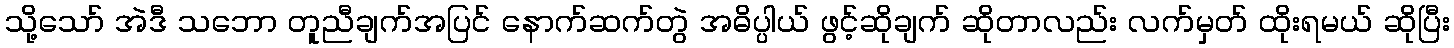
သို့သော် အဲဒီ သဘော တူညီချက်အပြင် နောက်ဆက်တွဲ အဓိပ္ပါယ် ဖွင့်ဆိုချက် ဆိုတာလည်း လက်မှတ် ထိုးရမယ် ဆိုပြီး